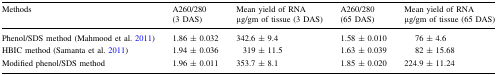
<table><thead><tr><td><b>Methods</b></td><td><b>A260/280 (3 DAS)</b></td><td><b>Mean yield of RNA μg/gm of tissue (3 DAS)</b></td><td><b>A260/280 (65 DAS)</b></td><td><b>Mean yield of RNA μg/gm of tissue (65 DAS)</b></td></tr></thead><tbody><tr><td>Phenol/SDS method (Mahmood et al. 2011)</td><td>1.86 ± 0.032</td><td>342.6 ± 9.4</td><td>1.58 ± 0.010</td><td>76 ± 4.6</td></tr><tr><td>HBIC method (Samanta et al. 2011)</td><td>1.94 ± 0.036</td><td>319 ± 11.5</td><td>1.63 ± 0.039</td><td>82 ± 15.68</td></tr><tr><td>Modified phenol/SDS method</td><td>1.96 ± 0.011</td><td>353.7 ± 8.1</td><td>1.85 ± 0.020</td><td>224.9 ± 11.24</td></tr></tbody></table>